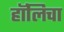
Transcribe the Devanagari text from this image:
हॉलिचा